Civil Veterinary Dept. Bombay admin report 1923-31 - 1923-1931
Year: 1923
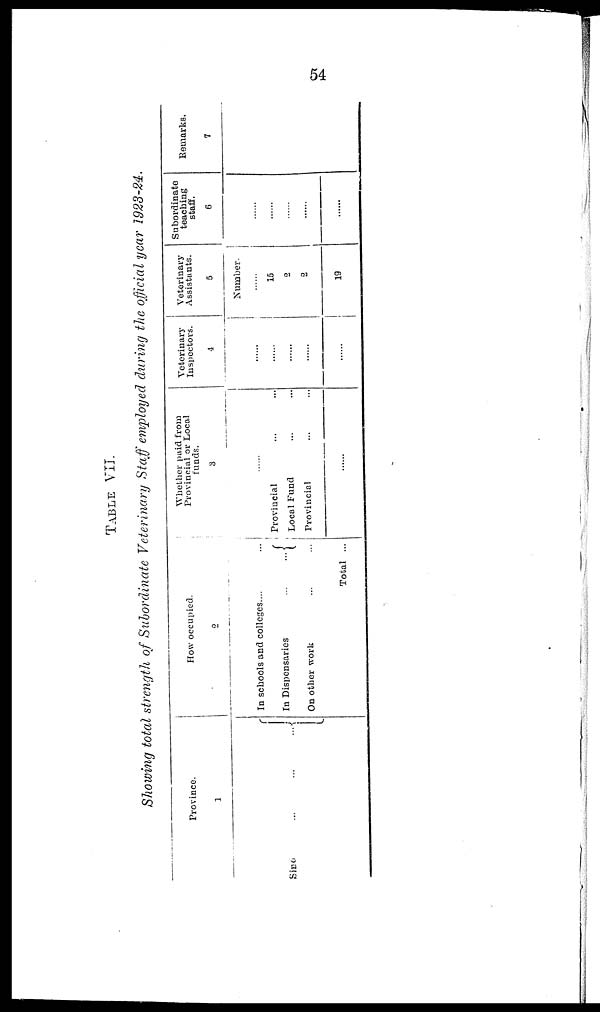
54
TABLE VII.
Showing total strength of Subordinate Veterinary Staff employed during the official year 1923-24.
Province.
1
Sind ... ... ...
How occupied.
2
In schools and colleges... ...
In Dispensaries
...
...
On other work ... ...
Total ...
Whether paid from
Provincial or Local
funds.
3
......
Provincial ... ...
Local Fund ... ...
Provincial ... ...
......
Veterinary
Inspectors.
4
......
......
......
......
......
Veterinary
Assistants.
5
Number.
......
15
2
2
19
Subordinate
teaching
staff.
6
......
......
......
......
......
Remarks.
7